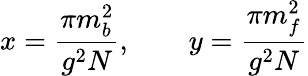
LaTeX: x=\frac{\pi m_{b}^{2}}{g^{2}N},\qquad y=\frac{\pi m_{f}^{2}}{g^{2}N}